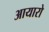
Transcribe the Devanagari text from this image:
आयारो